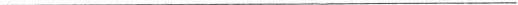
___